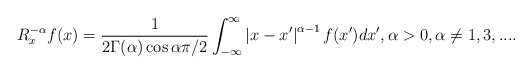
\begin{align*}R_{x}^{-\alpha}f(x)=\frac{1}{2\Gamma(\alpha)\cos\alpha\pi/2}\int_{-\infty}^{\infty}\left\vert x-x^{\prime}\right\vert ^{\alpha-1}f(x^{\prime})dx^{\prime},\alpha>0,\alpha\neq1,3,....\end{align*}